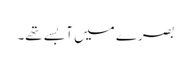
بصرے میں آبسے تھے۔